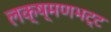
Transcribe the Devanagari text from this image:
लक्ष्मणभट्ट